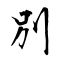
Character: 別